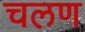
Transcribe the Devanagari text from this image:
चलण